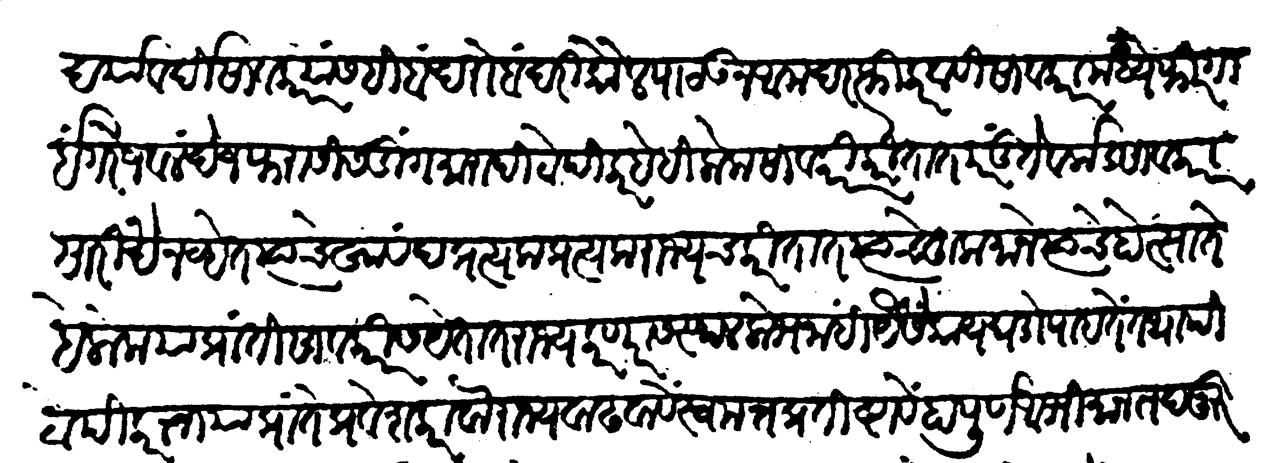
Transliteration (Devanagari): दर्यावर्दी सावकार त्यांसहि बंदरोबंदरों कौल पाठऊन आमदरफ्ती करवावी सावकारांमध्यें फिरंगी इंगरेज वलंदेज फरासीस डिंगमारादि टोपीकर हेहि लोक सावकारी करितात परंतु ते वर्कड सावकारांसारिखे नव्हेत त्यांचे खावंद प्रत्यक प्रत्यक राज्यच करितात त्यांचे हुक्माने त्यांचे होत्साते हे लोक या प्रांतीं सावकारीस येतात राज्य करणारास स्थळलोभ नाहीं यैसें काय घडों पाहतें तथापिटोपीकरांचा या प्रांतें प्रवेश करावा, राज्य वाढवावें, स्वमत्त प्रतिष्ठावें, हा पूर्ण अभिमान तदनुरुप